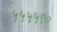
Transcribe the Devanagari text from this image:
५५५५९०